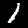
Digit: 1